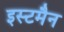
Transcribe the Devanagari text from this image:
इस्टमैन